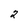
Character: 2